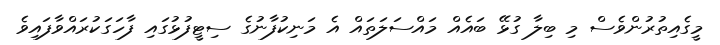
މީގެއިތުރުންވެސް މި ބިލާ ގުޅޭ ބައެއް މައްސަލަތައް އެ މަނިކުފާނުގެ ސިޓީފުޅުގައި ފާހަގަކުރައްވާފައިވެ